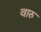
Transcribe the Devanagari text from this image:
वारु